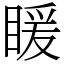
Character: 䁔